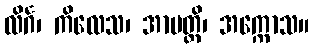
လိင်္ဂ၊ ကိလေသ၊ အာပတ္တိ၊ အက္ကောသ။